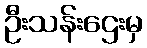
ဦးသန်းဌေးမှ